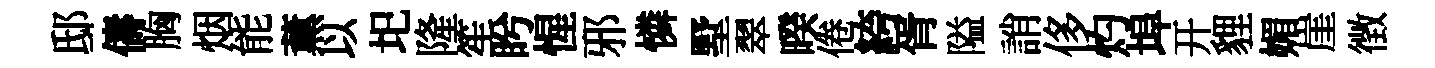
邸儔胸烟能薰以圯隆笙盻惺邪憐墅翠暌倦絝胥隘誚侈灼埠开貍媚崖徴